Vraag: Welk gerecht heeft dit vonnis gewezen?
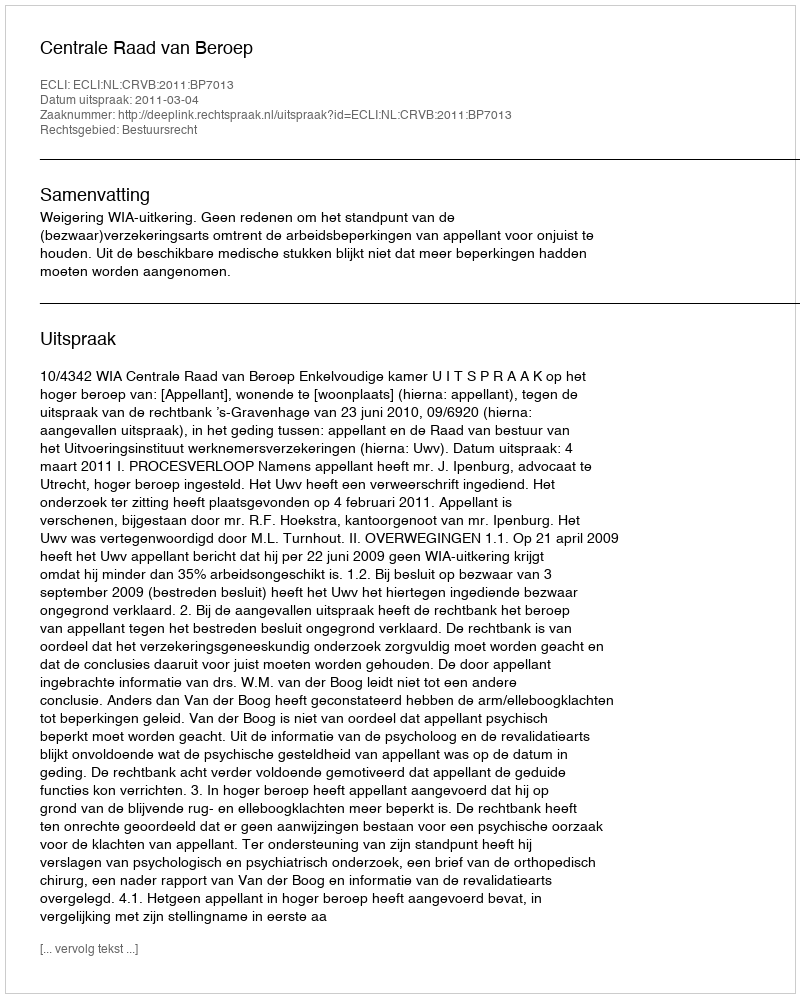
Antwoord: Centrale Raad van Beroep